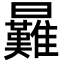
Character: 㬮